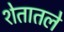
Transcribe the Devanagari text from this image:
शेतातले